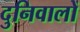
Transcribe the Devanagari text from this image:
दुनिवालों